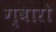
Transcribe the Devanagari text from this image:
ग्वारो